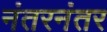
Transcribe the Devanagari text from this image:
नंतरनंतर